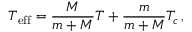
T _ { \mathrm { e f f } } = \frac { M } { m + M } T + \frac { m } { m + M } T _ { c } \, ,